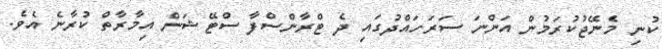
ކުނި މެނޭޖުކުރަމުން އަންނަ ސަރަހައްދުގައި ދެ ޓްރާންސްފާ ސްޓޭޝަން އިމާރާތް ކުރާނެ އެވެ.